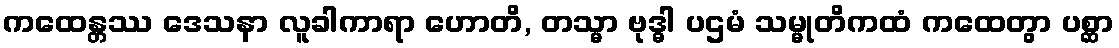
ကထေန္တဿ ဒေသနာ လူခါကာရာ ဟောတိ, တသ္မာ ဗုဒ္ဓါ ပဌမံ သမ္မုတိကထံ ကထေတွာ ပစ္ဆာ